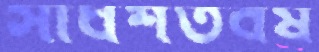
সার্ধশতবর্ষ